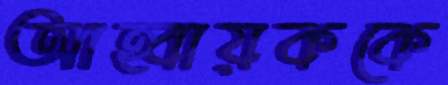
আহ্বায়ককে